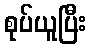
စုပ်ယူပြီး